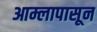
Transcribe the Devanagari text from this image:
आम्लापासून